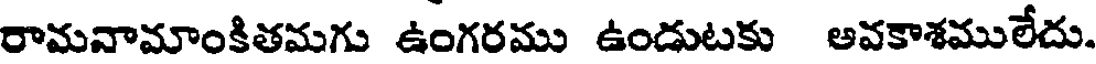
రామనామాంకితమగు ఉంగరము ఉండుటకు అవకాశములేదు.